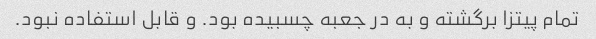
تمام پیتزا برگشته و به در جعبه چسبیده بود. و قابل استفاده نبود.